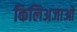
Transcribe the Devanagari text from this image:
किलिअजाओ